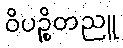
ဝိပဉ္စိတညူ